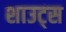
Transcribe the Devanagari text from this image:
शाउट्स